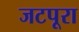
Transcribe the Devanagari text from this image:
जटपूरा